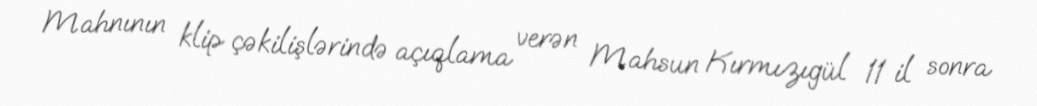
Mahnının klip çəkilişlərində açıqlama verən Mahsun Kırmızıgül 11 il sonra